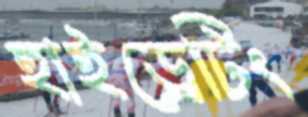
হাইড্রেটিং